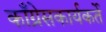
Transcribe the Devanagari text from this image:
काँग्रेसकार्यकर्ते